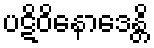
ပဋိဝိနောဒေန္တိ